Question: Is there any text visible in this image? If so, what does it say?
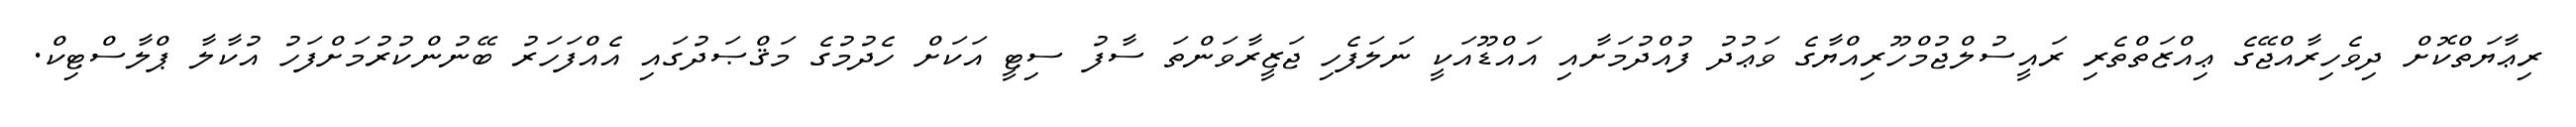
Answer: ރިޢާޔަތްކޮށް ދިވެހިރާއްޖޭގެ ޢިއްޒަތްތެރި ރައީސުލްޖުމްހޫރިއްޔާގެ ވަޢުދު ފުއްދުމަށާއި އައްޑޫއަކީ ނަލަފެހި ޖަޒީރާވަންތަ ސާފު ސިޓީ އަކަށް ހެދުމުގެ މަޤްޞަދުގައި އެއްފަހަރު ބޭނުންކުރުމަށްފަހު އުކާލާ ޕްލާސްޓިކް.